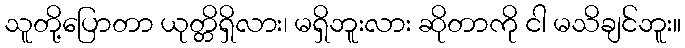
သူတို့ပြောတာ ယုတ္တိရှိလား၊ မရှိဘူးလား ဆိုတာကို ငါ မသိချင်ဘူး။